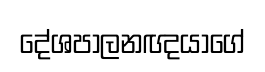
දේශපාලනඥයාගේ